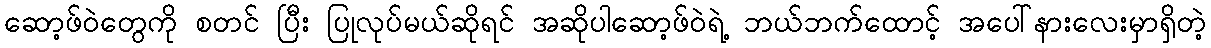
ဆော့ဖ်ဝဲတွေကို စတင် ပြီး ပြုလုပ်မယ်ဆိုရင် အဆိုပါဆော့ဖ်ဝဲရဲ့ ဘယ်ဘက်ထောင့် အပေါ်နားလေးမှာရှိတဲ့